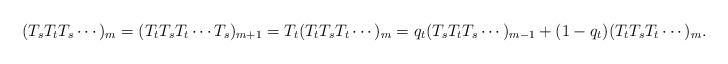
LaTeX: \begin{align*}(T_sT_tT_s\cdots)_m = (T_tT_sT_t\cdots T_s)_{m+1}= T_t(T_tT_sT_t\cdots)_m=q_t (T_sT_tT_s\cdots)_{m-1}+(1-q_t)(T_tT_sT_t\cdots)_m.\end{align*}